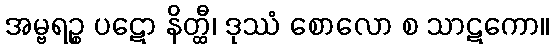
အမ္ဗရဉ္စ ပဋော နိတ္ထီ၊ ဒုဿံ စောလော စ သာဋကော။